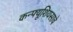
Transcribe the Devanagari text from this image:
कन्फ्यूशियसाचे